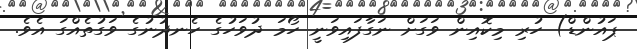
ޕައުންޑް) ހުރި މިކޮއިން ވަގަށް ނަގާފައިވަނީ ހޯމަ ދުވަހުގެ ހެނދުނުގެ ވަގުތެއްގަ އެވެ.